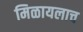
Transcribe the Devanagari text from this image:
मिळायलाच